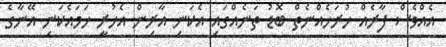
އެއްވެސް ފާރެއް ހުރަހެއްނެތް ބޮޑު ތަނެއްގައި އެކަނި އާރިން އެހުރީ ހަމައެކަނި އޭނާގެ